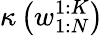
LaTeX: \kappa\left(w_{1:N}^{1:K}\right)